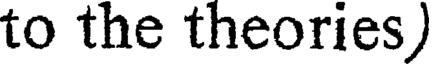
to the theories)